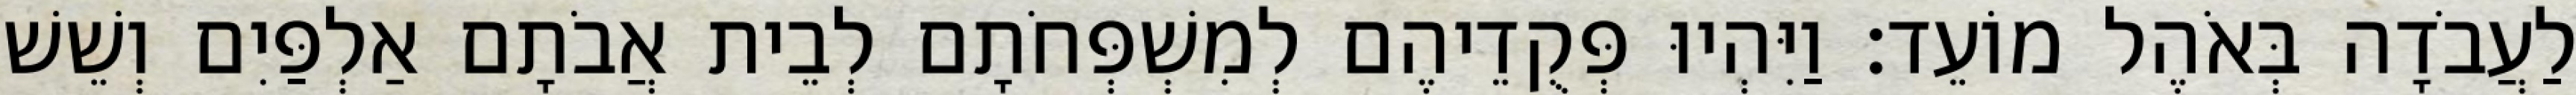
לַעֲבֹדָה בְּאֹהֶל מוֹעֵד׃ וַיִּהְיוּ פְּקֻדֵיהֶם לְמִשְׁפְּחֹתָם לְבֵית אֲבֹתָם אַלְפַּיִם וְשֵׁשׁ